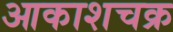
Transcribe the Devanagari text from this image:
आकाशचक्र